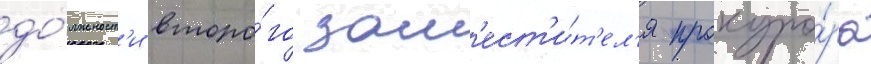
до́лжност'и второ́го зам'ест'и́т'ел'я прокуро́ра